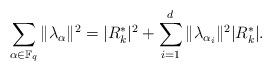
LaTeX: \begin{align*} \sum_{\alpha \in \Bbb F_q} \| \lambda_{\alpha} \|^2=|R_k^{\ast}|^2 + \sum_{i=1}^{d} \| \lambda_{\alpha_{i}} \|^2 |R_k^{\ast}|.\end{align*}